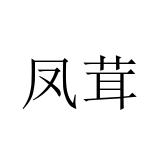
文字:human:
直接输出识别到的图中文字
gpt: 凤茸